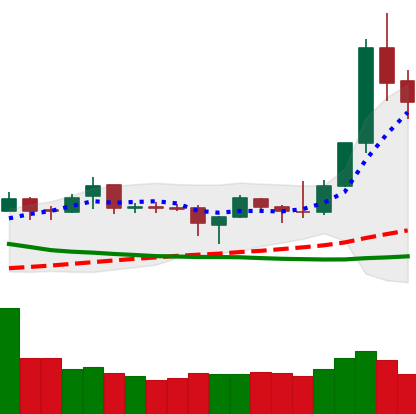
Ticker: XMR-USD
Chart end date: 2019-04-04
Forward return: 6.956%
Label: up_5_7